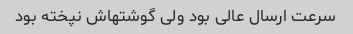
سرعت ارسال عالی بود ولی گوشتهاش نپخته بود